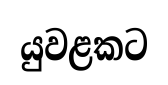
යුවළකට